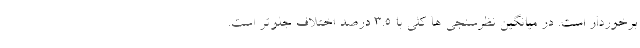
برخوردار است. در میانگین نظرسنجی ها کلی با 3.5 درصد اختلاف جلوتر است.